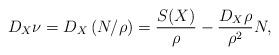
LaTeX: \begin{align*} D_X \nu = D_X \left( N / \rho \right) = \frac{S(X)}{\rho} - \frac{D_X \rho}{\rho^2} N, \end{align*}